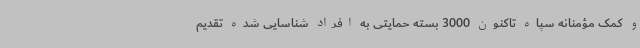
و کمک مؤمنانه سپاه تاکنون 3000 بسته حمایتی به افراد شناسایی شده تقدیم